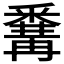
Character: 𨤚